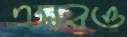
এসবও